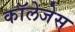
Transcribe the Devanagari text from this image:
काॅलेजेस